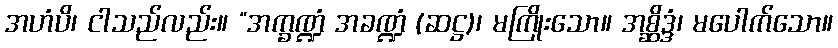
အဟံပိ၊ ငါသည်လည်း။ “အက္ခဏ္ဍံ အခဏ္ဍံ (ဆဋ္ဌ)၊ မကြိုးသော။ အစ္ဆိဒ္ဒံ၊ မပေါက်သော။